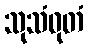
သုသံဝုတံ